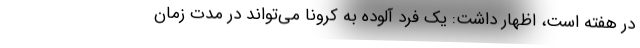
در هفته است، اظهار داشت: یک فرد آلوده به کرونا می‌تواند در مدت زمان